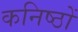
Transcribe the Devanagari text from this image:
कनिष्ठों